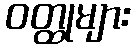
ဝတ္ထုများ